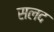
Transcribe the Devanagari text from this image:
सलद